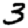
Digit: 3